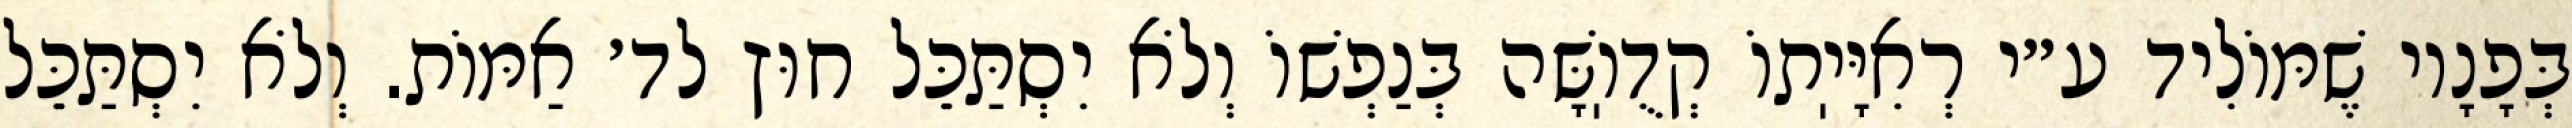
בְּפָנָיו שֶׁמּוֹלִיד ע״י רְאִיָּיֽתוֹ קְדֻוֽשָּׁה בְּנַפְשׁוֹ וְלֹא יִסְתַּכֵּל חוּץ לד׳ אַמּוֹת. וְלֹא יִסְתַּכֵּל